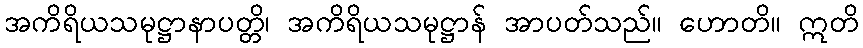
အကိရိယသမုဋ္ဌာနာပတ္တိ၊ အကိရိယသမုဋ္ဌာန် အာပတ်သည်။ ဟောတိ။ ဣတိ